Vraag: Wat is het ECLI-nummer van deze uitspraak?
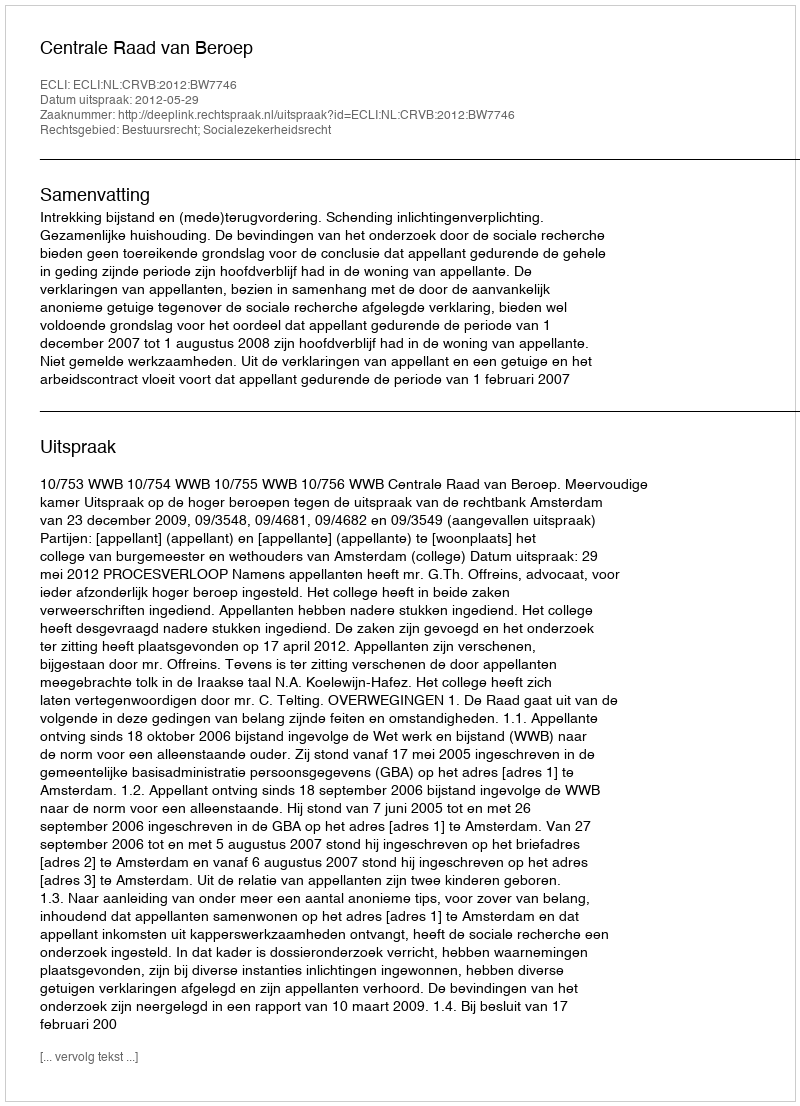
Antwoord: ECLI:NL:CRVB:2012:BW7746